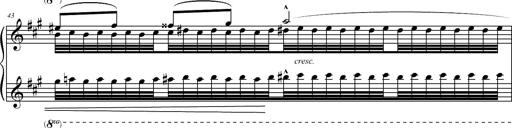
Title: 2 LÃ©gendes
Composer: Franz Liszt